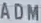
ADMM